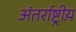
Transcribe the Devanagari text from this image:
अंतर्राष्ट्रीय़